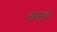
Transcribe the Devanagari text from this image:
आमुचं